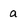
Character: a